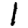
Digit: 1